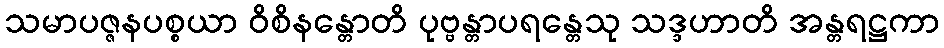
သမာပဇ္ဇနပစ္စယာ ဝိစိနန္တောတိ ပုဗ္ဗန္တာပရန္တေသု သဒ္ဒဟာတိ အန္တရဋ္ဌကာ